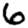
Digit: 6